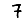
Digit: 7